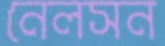
নেলসন